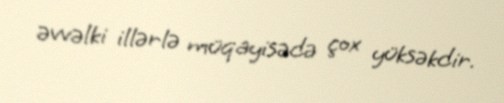
əvvəlki illərlə müqayisədə çox yüksəkdir.